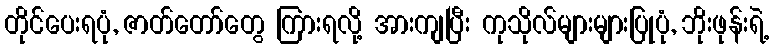
တိုင်ပေးရပုံ, ဇာတ်တော်တွေ ကြားရလို့ အားကျပြီး ကုသိုလ်များများပြုပုံ, ဘိုးဖုန်းရဲ့